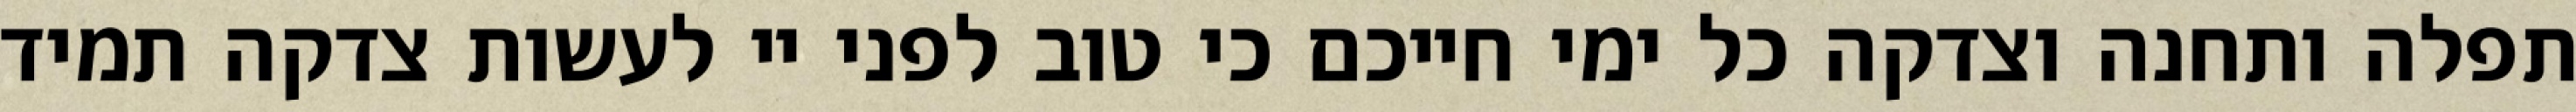
תפלה ותחנה וצדקה כל ימי חייכם כי טוב לפני יי לעשות צדקה תמיד